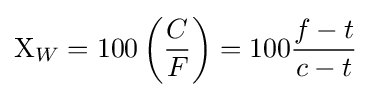
\mathrm {X} _{W}=100\left({\frac {C}{F}}\right)=100{\frac {f-t}{c-t}}